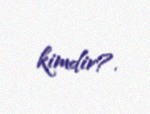
kimdir?.